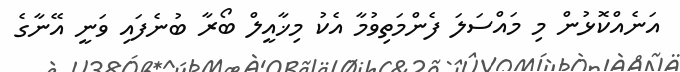
އަނެއްކޮޅުން މި މައްސަލަ ފެންމަތިވުމާ އެކު މިޚާއީލް ބޯރާ ބުނެފައި ވަނީ އޭނާގެ